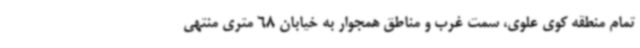
تمام منطقه کوی علوی، سمت غرب و مناطق همجوار به خیابان 68 متری منتهی